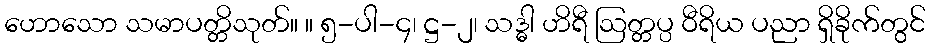
ဟောသော သမာပတ္တိသုတ်။ ။ ၅-ပါ-၄၊ ဋ္ဌ-၂၊ သဒ္ဓါ ဟိရီ ဩတ္တပ္ပ ဝီရိယ ပညာ ရှိခိုက်တွင်